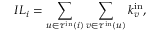
I L _ { i } = \sum _ { u \in \tau ^ { \mathrm { i n } } ( i ) } \sum _ { v \in \tau ^ { \mathrm { i n } } ( u ) } k _ { v } ^ { \mathrm { i n } } ,